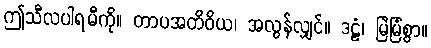
ဤသီလပါရမီကို။ တာပအတိဝိယ၊ အလွန်လျှင်။ ဒဠှံ၊ မြဲမြံစွာ။